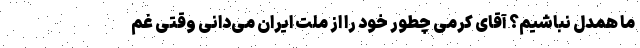
ما همدل نباشیم؟ آقای کرمی چطور خود را از ملت ایران می‌دانی وقتى غم